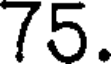
75.